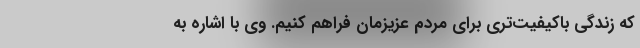
که زندگی باکیفیت‌تری برای مردم عزیزمان فراهم کنیم. وی با اشاره به